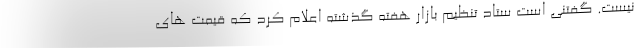
نیست. گفتنی است ستاد تنظیم بازار هفته گذشته اعلام کرد که قیمت های